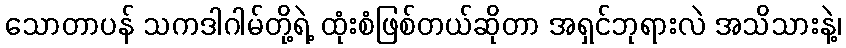
သောတာပန် သကဒါဂါမ်တို့ရဲ့ ထုံးစံဖြစ်တယ်ဆိုတာ အရှင်ဘုရားလဲ အသိသားနဲ့၊